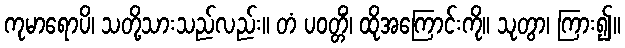
ကုမာရောပိ၊ သတို့သားသည်လည်း။ တံ ပဝတ္တိံ၊ ထိုအကြောင်းကို။ သုတွာ၊ ကြား၍။